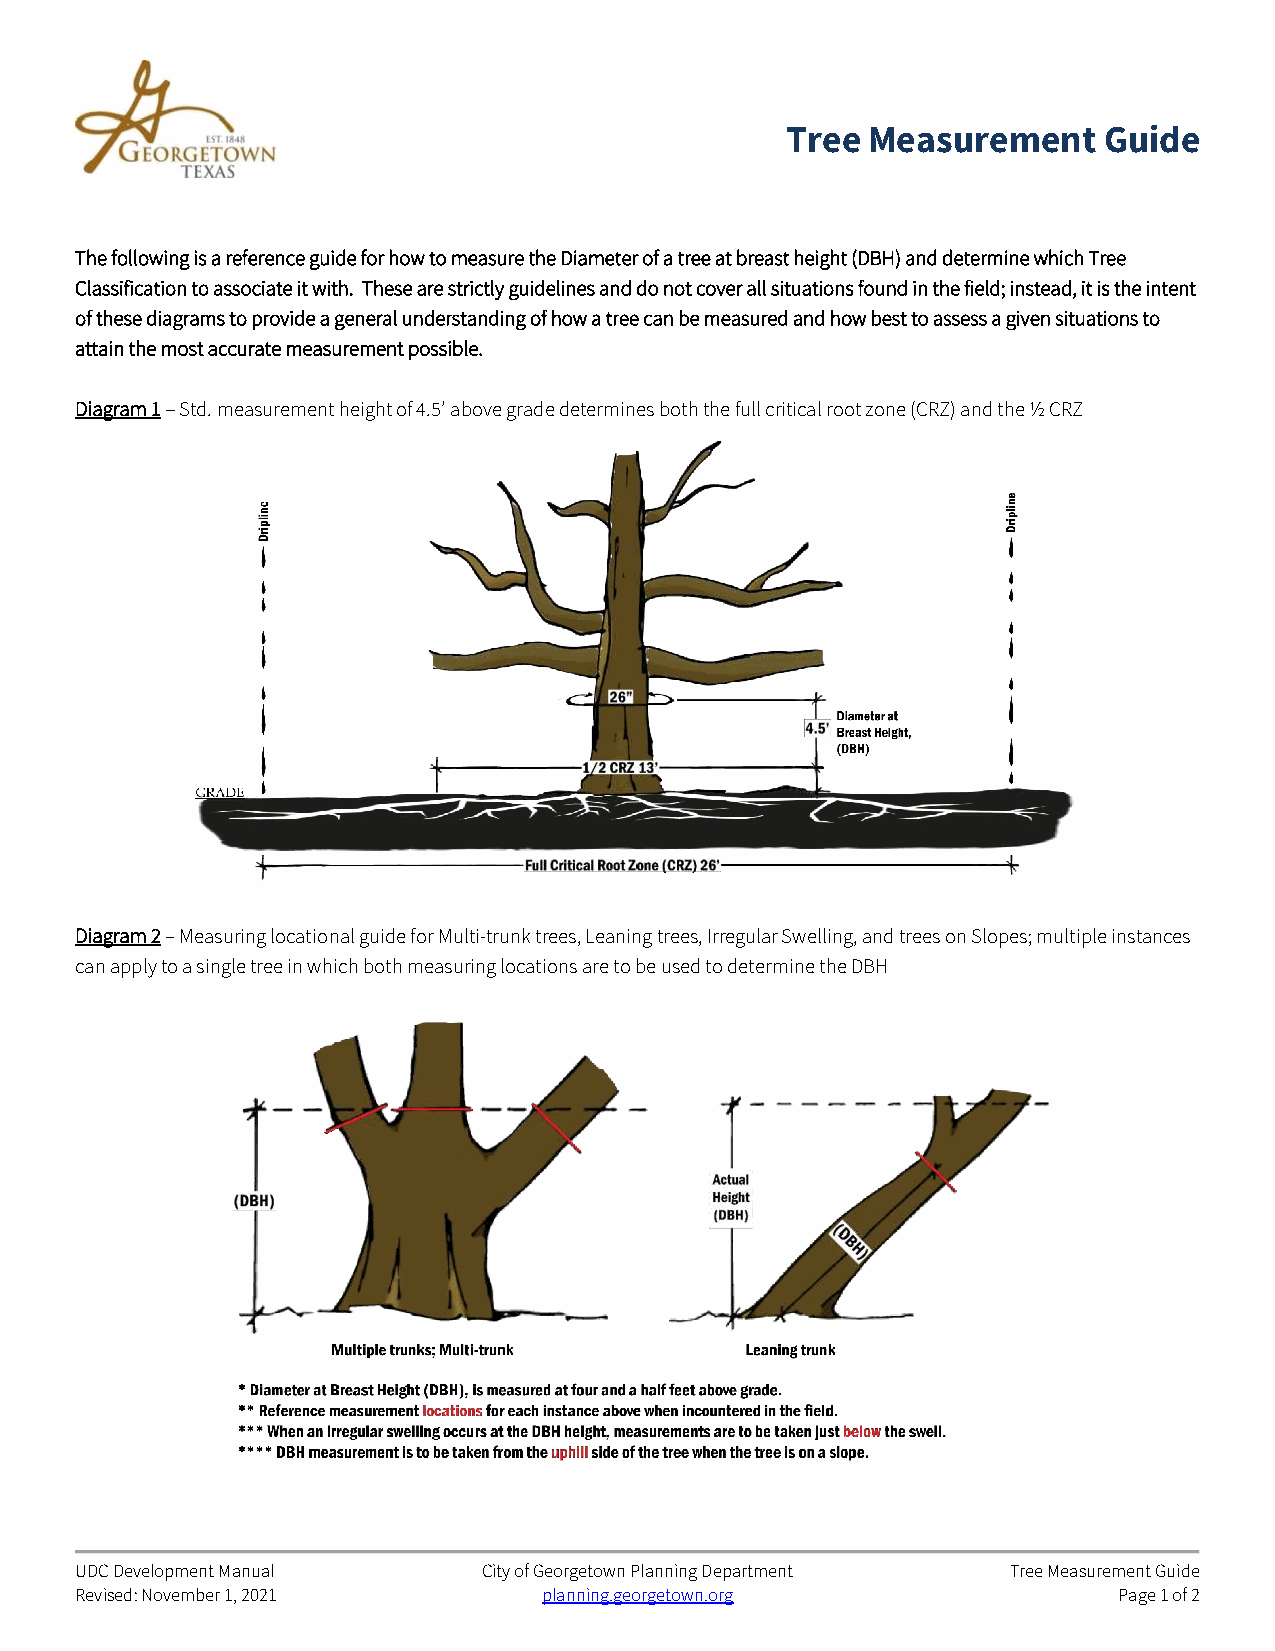
Tree  Measurement    Guide
 The following is a reference guide for how to measure the Diameter of a tree at breast height (DBH) and determine which Tree
 Classification to associate it with. These are strictly guidelines and do not cover all situations found in the field; instead, it is the intent
 of these diagrams to provide a general understanding of how a tree can be measured and how best to assess a given situations to
 attain the most accurate measurement possible.
 Diagram 1 – Std. measurement height of 4.5’ above grade determines both the full critical root zone (CRZ) and the ½ CRZ
 Diagram 2 – Measuring locational guide for Multi-trunk trees, Leaning trees, Irregular Swelling, and trees on Slopes; multiple instances
 can apply to a single tree in which both measuring locations are to be used to determine the DBH
 UDC Development Manual     City of Georgetown Planning Department Tree Measurement Guide
 Revised: November 1, 2021      planning.georgetown.org               Page 1 of 2